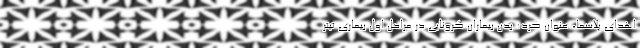
اهدای پلاسما، عنوان کرد: بدن بیماران کرونایی در مراحل اول بیماری تیتر